Leaving Certificate Examination, 1921
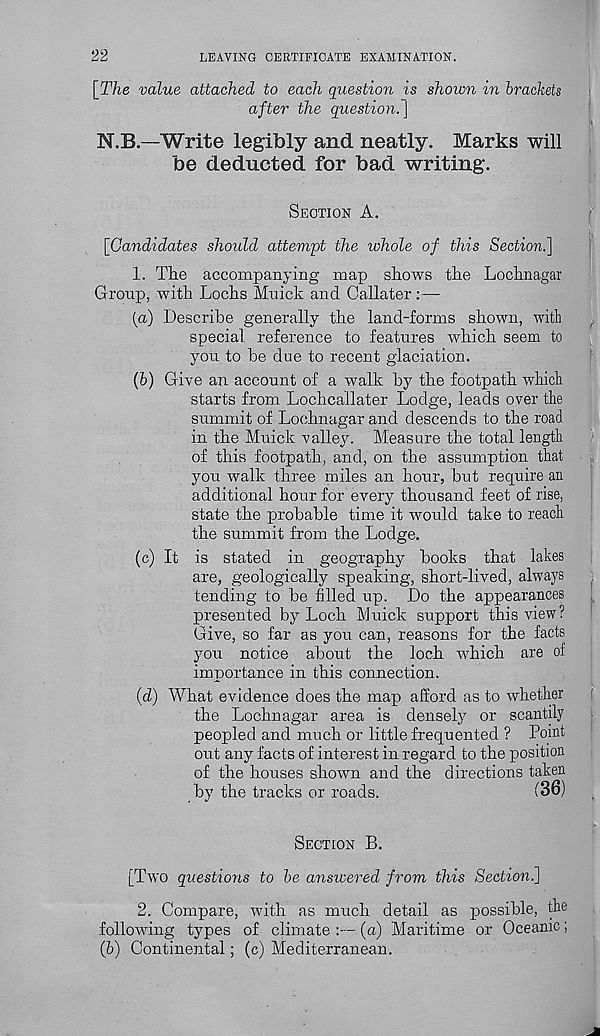
22
LEAVING CERTIFICATE EXAMINATION.
[The value attached to each question is shown in brackets
after the question, j
N.B—Write legibly and neatly. Marks will
be deducted for bad writing.
SECTION A.
[Candidates should attempt the whole of this Section.]
1. The accompanying map shows the Lochnagar
Group, with Lochs Muick and Callater:—
(a) Describe generally the land-forms shown, with
special reference to features which seem to
you to he due to recent glaciation.
(b) Give an. account of a walk by the footpath which
starts from Lochcallater Lodge, leads over the
summit of Lochnagar and descends to the road
in the Muick valley. Measure the total length
of this footpath, and, on the assumption that
you walk three miles an hour, but require an
additional hour for every thousand feet of rise,
state the probable time it would take to reach
the summit from the Lodge.
(c) It is stated in geography books that lakes
are, geologically speaking, short-lived, always
tending to be filled up. Do the appearances
presented by Loch Muick support this view ?
Give, so far as you can, reasons for the facts
you notice about the loch which are of
importance in this connection.
(d) What evidence does the map afford as to whether
the Lochnagar area is densely or scantily
peopled and much or little frequented ? Point
out any facts of interest in regard to the position
of the houses shown and the directions taken
by the tracks or roads.
(36)
SECTION B.
[Two questions to be answered from this Section.]
2. Compare, with as much detail as possible, the
following types of climate :— (a) Maritime or Oceanic;
(b) Continental; (c) Mediterranean.